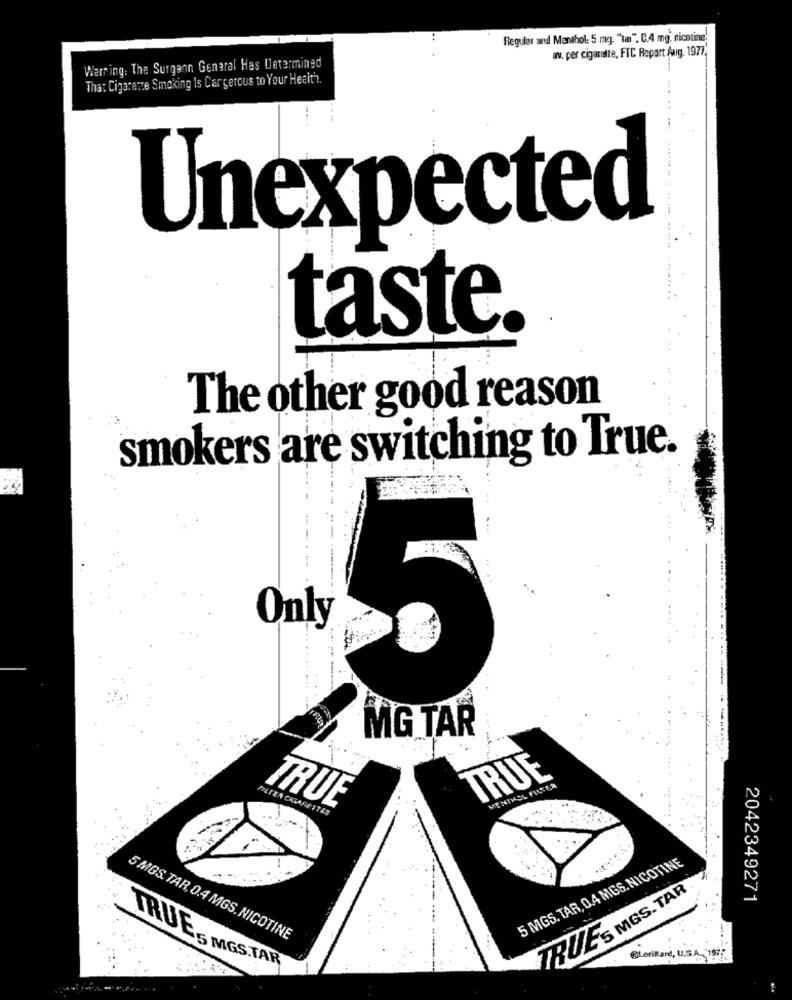
Regular and Menthol: 5 mg. "ta". C.4 mg, nicotine!
av. per cigarette, FTC Repart Aug. 1977.
Warning: The Surgeon General Has Determined
That Cigarette Smoking Is Cargerous to Your Health.
Unexpected
taste.
The other good reason
smokers are switching to True.
Only
5
MG TAR
TRUE
MENTHOL FILTER
TER CHIARETTAS
TRUE
5 MGS. TAR, 0.4 MGS. NICOTINE
TRUES MGS. TAR
2042349271
5 MGS. TAR, 0.4 MGS. NICOTINE
@Lorillard, U.S.A. "197"
TRUE 5 MGS.TAR